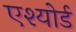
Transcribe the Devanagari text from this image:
एश्योर्ड